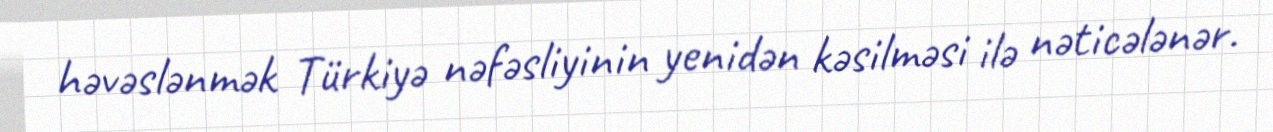
həvəslənmək Türkiyə nəfəsliyinin yenidən kəsilməsi ilə nəticələnər.